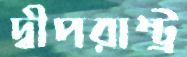
দ্বীপরাষ্ট্র